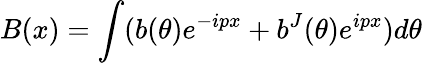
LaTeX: B(x)=\int(b(\theta)e^{-ipx}+b^{J}(\theta)e^{ipx})d\theta